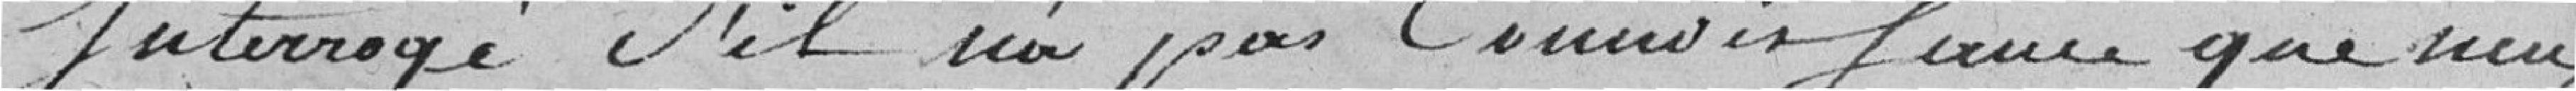
Interrogé s'il n'a pas connaissance que neuf